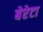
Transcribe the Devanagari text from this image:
बेरेटा